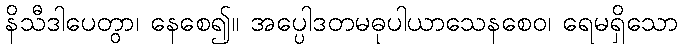
နိသီဒါပေတွာ၊ နေစေ၍။ အပ္ပေါဒတမဓုပါယာသေနစေဝ၊ ရေမရှိသော